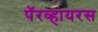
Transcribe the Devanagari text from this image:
पॅरव्हायरस